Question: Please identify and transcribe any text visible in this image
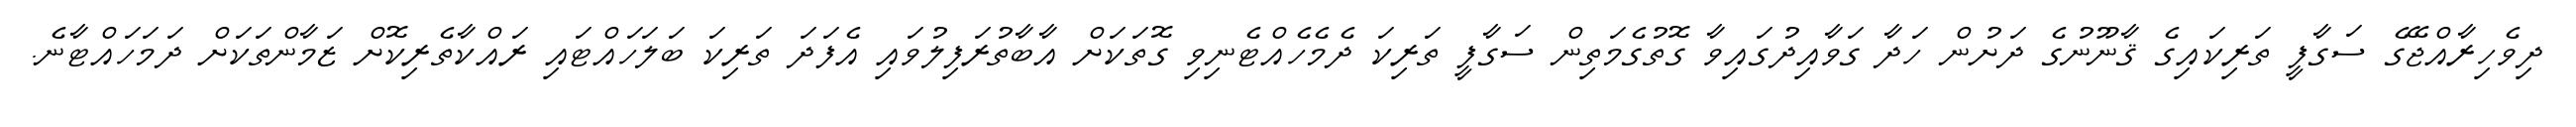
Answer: ދިވެހިރާއްޖޭގެ ސަގާފީ ތަރިކައިގެ ޤާނޫނުގެ ދަށުން ހަދާ ގަވާއިދުގައިވާ ގޮތުގެމަތިން ސަގާފީ ތަރިކަ ދެމެހެއްޓެނިވި ގޮތަކަށް އާބާތުރަފިލުވައި އެފަދަ ތަރިކަ ބަލަހައްޓައި ރައްކާތެރިކޮށް ޒަމާންތަކަށް ދަމަހައްޓާނެ.